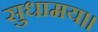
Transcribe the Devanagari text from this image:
सुधामय॥